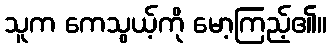
သူက ကေသွယ့်ကို မော့ကြည့်၏။